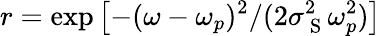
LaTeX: r=\exp\left[-(\omega-\omega_{p})^{2}/(2\sigma_{\mathrm{~S~}}^{2}\omega_{p}^{2})\right]